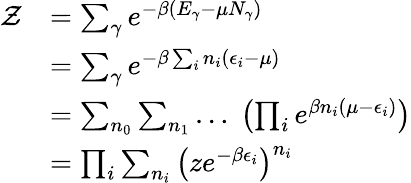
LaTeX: \begin{array}{rl}{\mathcal{Z}}&{=\sum_{\gamma}e^{-\beta(E_{\gamma}-\mu N_{\gamma})}}\\ &{=\sum_{\gamma}e^{-\beta\sum_{i}n_{i}(\epsilon_{i}-\mu)}}\\ &{=\sum_{n_{0}}\sum_{n_{1}}\ldots\; \left(\prod_{i}e^{\beta n_{i}(\mu-\epsilon_{i})}\right)}\\ &{=\prod_{i}\sum_{n_{i}}\left(ze^{-\beta\epsilon_{i}}\right)^{n_{i}}}\end{array}